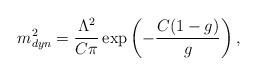
\begin{align*}m^2_{dyn} = \frac{\Lambda^2}{C\pi} \exp\left(-\frac{C(1-g)}{g}\right),\end{align*}